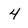
Character: 4